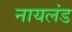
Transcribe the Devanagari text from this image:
नायलंड